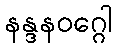
နန္ဒနဝဂ္ဂေါ